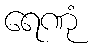
ရေဏုံ